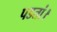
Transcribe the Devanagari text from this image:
पडतां।